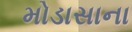
મોડાસાના